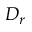
D _ { r }